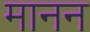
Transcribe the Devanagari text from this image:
मानन